Leaving Certificate Examination, 1918
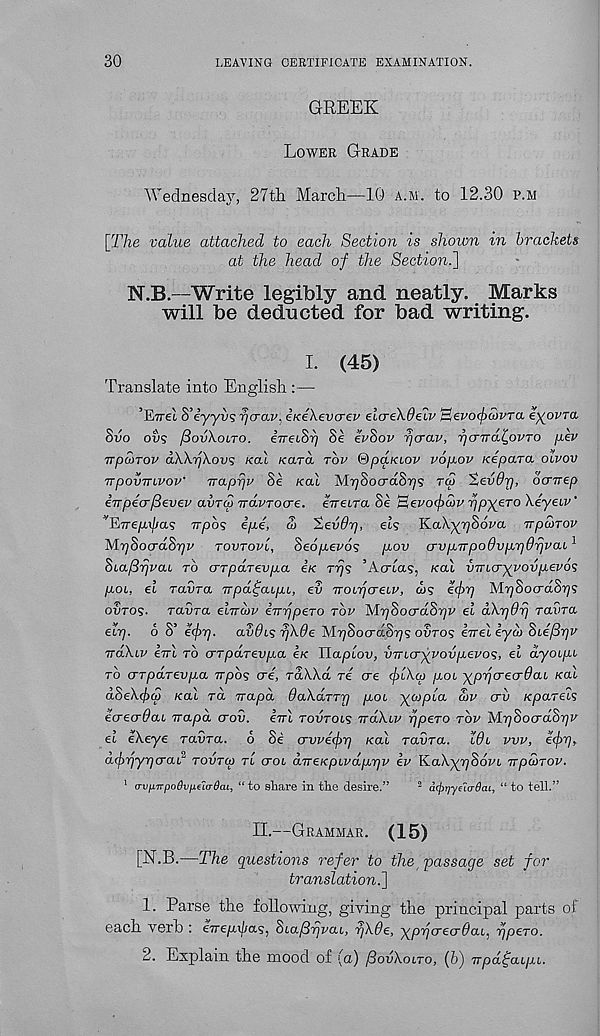
30
LEAVING CERTIFICATE EXAMINATION.
GREEK
Lower Grade
Wednesday, 27th March—10 a.m. to 12.30 p.m
[The value attached to each Section is shown in brackets
at the head of the Section.]
N.B--Write legibly and neatly. Marks
will be deducted for bad writing.
I. (45)
Translate into English :—
’Eire! S’eyyvs rjcrav, ii<e\evcrev elcreXdeiv Sei'o^wvra eyovra,
Svo ovs /3ov\olto. iveiSr] Se ivSov rjcrav, rjcnT(i(,ovTO }ih>
TrpMTOV dWrfKowi koI Kara top (dpaKiov vop.ov Kepara otvov
TTpovirivov' Trapfjv 8e /cat M.7](i>ocrdBr)<; rw 'tevOrj, bcnrep
ivpecrfievev avr/S TravTOcre. eTretra Se ‘Bevofycov r]pyeTo Xeyeiv"
‘'FiTrep.\pa<; Trpbs ip.e, w %ev6r], els KaXyrjSova jrpuTOV
MrjSocrdSrjv tovtovl, 8e6p.ev6s pov a-vpTTpodvprjdrjvai 1
8ia/3rjvaL to o-rparevpa e’/c rrjs ’Aorta?, /cat vmcryvovpevos
poL, el ravra Trpdijaipi, ev TTOLpo-eLU, a>s ecfrj Mr)8oo-d8y)S
ovtos- Tavrct elTrcbv iTnjpero top M.rj8ocrd8pv el dXtjdrj raSra
etTj. 6 S’ e<f>ri. avdis rjXOe M.r]8ocrd.8rjs ovtos err el eyd> Sie/Srjv
TrdXiv eirt to crTparevpa e/c Haplov, VTncryyovpevos, el d-yoipi
to (TTpaTevpa wpos ere, raAXd re ere (plXco poi yprjcrecrdou /cat
dSe\(/>a) /cat rd irapd OaXaTTy poi yft/pta air erv /eparets
ecrecrdaL vapd crov. em tovtois irdXiv ypeTO top M^SocrdS^P
el eXeye raSra. 6 Se avvefr) /cat raura. Wl pvp, ecjyq f
difrjyricraU tovtoj tl crot dTreKpivdprjr ev KaXy^Sdpt TTpdiTov.
1 o-vp.Trpodvfie’io-Sac, “to share in the desire.”
2 atpr/yela-dai, “ to tell.”
II.—Grammar. (15)
[N.B.—The questions refer to the passage set for
translation.]
1. Parse the following, giving the principal parts of
each verb : eire/n/za?, Sta/h^pat, rjXde, yprjcreadabj ypeTO.
2. Explain the mood of (a) fiovXoiTo, (6) Trpd^cupi.